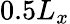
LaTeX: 0.5L_{x}